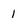
Character: 1